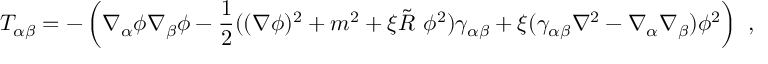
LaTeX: T _ { \alpha \beta } = - \left( \nabla _ { \alpha } \phi \nabla _ { \beta } \phi - \frac 1 2 ( ( \nabla \phi ) ^ { 2 } + m ^ { 2 } + \xi \tilde { R } ~ \phi ^ { 2 } ) \gamma _ { \alpha \beta } + \xi ( \gamma _ { \alpha \beta } \nabla ^ { 2 } - \nabla _ { \alpha } \nabla _ { \beta } ) \phi ^ { 2 } \right) ~ ,